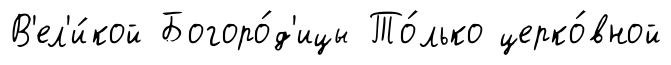
В'ел'и́кой Богоро́д'ицы То́лько церко́вной